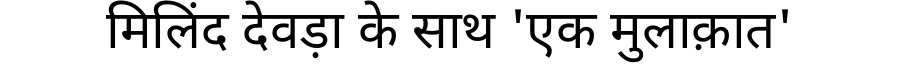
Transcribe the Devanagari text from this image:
मिलिंद देवड़ा के साथ 'एक मुलाक़ात'